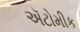
ઍટોમીક